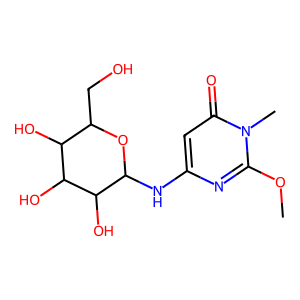
SMILES: COc1nc(NC2OC(CO)C(O)C(O)C2O)cc(=O)n1C
Inhibits HIV replication: No